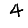
Digit: 4